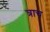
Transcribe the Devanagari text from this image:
त्राच